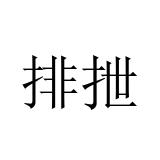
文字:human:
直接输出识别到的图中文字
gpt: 排抴